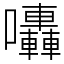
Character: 𡆀